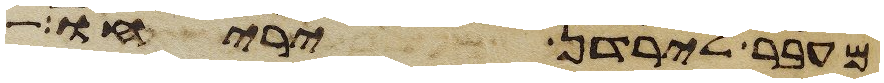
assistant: מעבר לירדן יריחו